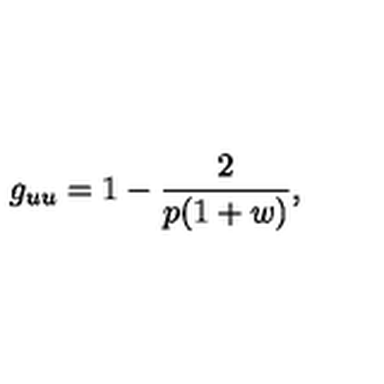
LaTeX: g _ { u u } = 1 - \frac { 2 } { p ( 1 + w ) } ,